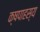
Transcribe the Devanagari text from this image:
क्षपाहस्य